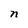
Character: n